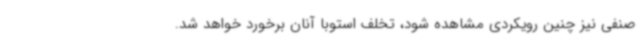
صنفی نیز چنین رویکردی مشاهده شود، تخلف استوبا آنان برخورد خواهد شد.